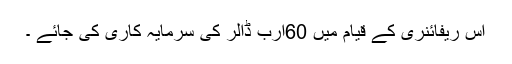
اس ریفائنری کے قیام میں 60ارب ڈالر کی سرمایہ کاری کی جائے ۔